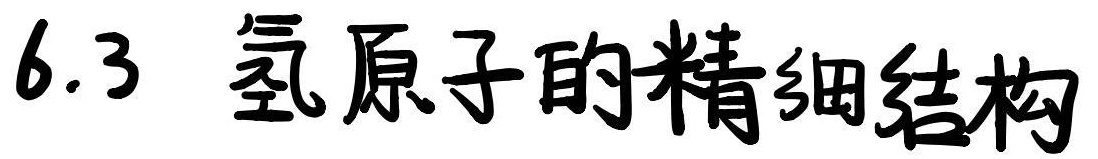
6.3 氢原子的精细结构